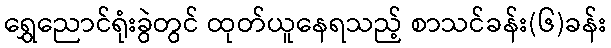
ရွှေညောင်ရုံးခွဲတွင် ထုတ်ယူနေရသည့် စာသင်ခန်း(၆)ခန်း